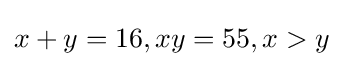
x+y=16,xy=55,x>y